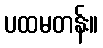
ပထမတန်း။